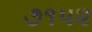
૭૧૫૨